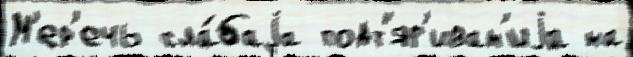
М'ер'ечь сла́баjа подт'яг'иван'иjа на